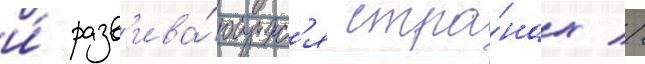
и́ разв'ива́ющихс'я стра́нах //